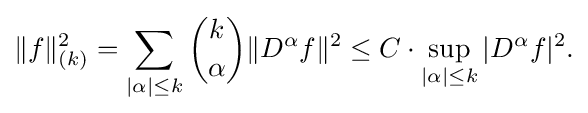
\displaystyle {\|f\|_{(k)}^{2}=\sum _{|\alpha |\leq k}{k \choose \alpha }\|D^{\alpha }f\|^{2}\leq C\cdot \sup _{|\alpha |\leq k}|D^{\alpha }f|^{2}.}